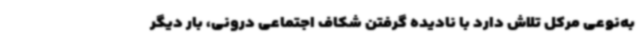
به‌نوعی مرکل تلاش دارد با نادیده گرفتن شکاف اجتماعی درونی، بار دیگر